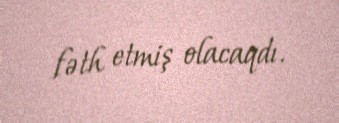
fəth etmiş olacaqdı.